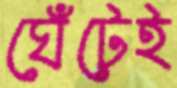
ঘেঁটেই